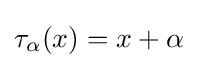
\tau _{\alpha }(x)=x+\alpha